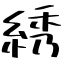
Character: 綉